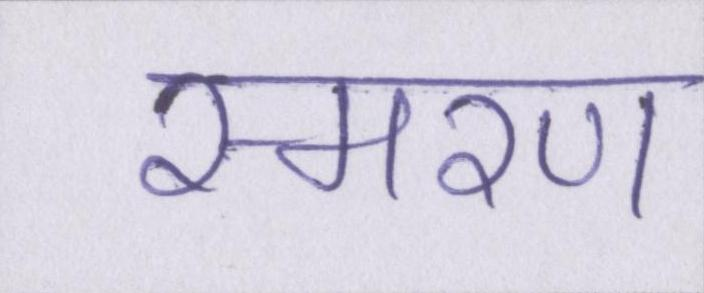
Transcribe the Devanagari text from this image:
स्मरण